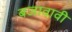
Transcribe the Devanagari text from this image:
बजावावी